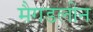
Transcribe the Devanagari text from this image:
मैगडलीन